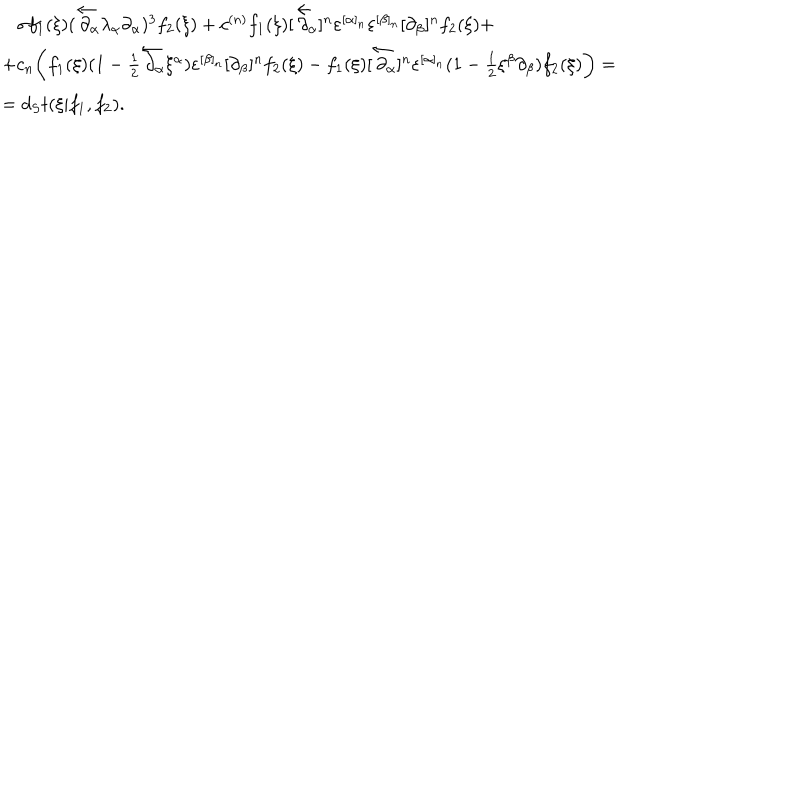
\begin{array} { l } { { \, \, \, \, \, \sigma f _ { 1 } ( \xi ) ( \overleftarrow \partial \! \! _ { \alpha } \lambda _ { \alpha } \partial _ { \alpha } ) ^ { 3 } f _ { 2 } ( \xi ) + c ^ { ( n ) } f _ { 1 } ( \xi ) [ \overleftarrow \partial \! \! _ { \alpha } ] ^ { n } \varepsilon ^ { [ \alpha ] _ { n } } \varepsilon ^ { [ \beta ] _ { n } } [ \partial _ { \beta } ] ^ { n } f _ { 2 } ( \xi ) + } } \\ { { + c _ { n } \biggl ( f _ { 1 } ( \xi ) ( 1 - { \frac { 1 } { 2 } } \overleftarrow \partial \! \! _ { \alpha } \xi ^ { \alpha } ) \varepsilon ^ { [ \beta ] _ { n } } [ \partial _ { \beta } ] ^ { n } f _ { 2 } ( \xi ) - f _ { 1 } ( \xi ) [ \overleftarrow \partial \! \! _ { \alpha } ] ^ { n } \varepsilon ^ { [ \alpha ] _ { n } } ( 1 - { \frac { 1 } { 2 } } \xi ^ { \beta } \partial _ { \beta } ) f _ { 2 } ( \xi ) \biggr ) = } } \\ { { = d _ { S } t ( \xi | f _ { 1 } , f _ { 2 } ) . } } \\ \end{array}